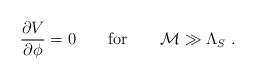
\begin{align*}\frac{\partial V}{\partial {\cal \phi}}=0 \quad \quad {\rm for}\quad \quad {\cal M}\gg {\Lambda_S} \ .\end{align*}